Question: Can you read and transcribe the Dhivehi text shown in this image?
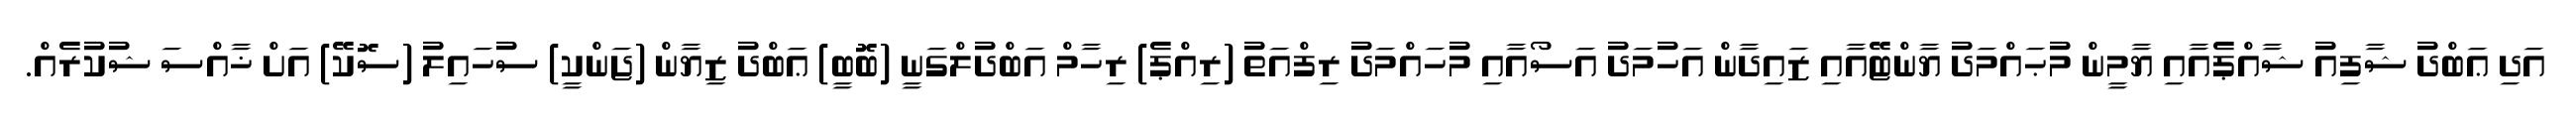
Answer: އަދި ޢަބްދު ޝާފިއު ޝާއްޕެއާއި ޔާމީން މުޙައްމަދު ޔާންޓޭއާއި ޒައިދާން އަހުމަދު އަސޯއާއި މުހައްމަދު ރިފްއަތު (ރިއްޕެ) ރިހާމް އަބްދުލްގަނީ (ބޮބީ) ޢަބްދު ޒިޔާން (ޖަންކީ) ސުހައިލު (ސޮކޭ) އަށް ޚާއްސަ ޝުކުރެއް.